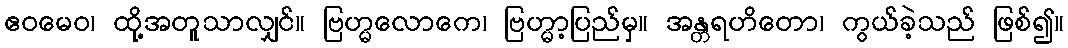
ဧဝမေဝ၊ ထို့အတူသာလျှင်။ ဗြဟ္မလောကေ၊ ဗြဟ္မာ့ပြည်မှ။ အန္တရဟိတော၊ ကွယ်ခဲ့သည် ဖြစ်၍။